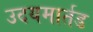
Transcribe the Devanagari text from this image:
उदयमार्तड